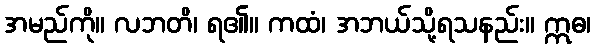
အမည်ကို။ လဘတိ၊ ရ၏။ ကထံ၊ အဘယ်သို့ရသနည်း။ ဣဓ၊